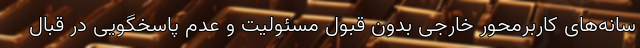
سانه‌های کاربرمحور خارجی بدون قبول مسئولیت و عدم پاسخگویی در قبال